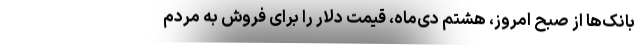
بانک‌ها از صبح امروز، هشتم دی‌ماه، قیمت دلار را برای فروش به مردم